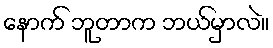
နောက် ဘူတာက ဘယ်မှာလဲ။